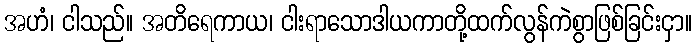
အဟံ၊ ငါသည်။ အတိရေကာယ၊ ငါးရာသောဒါယကာတို့ထက်လွန်ကဲစွာဖြစ်ခြင်းငှာ။